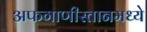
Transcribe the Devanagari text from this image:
अफगाणीस्तानमध्ये